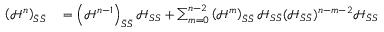
\begin{array} { r l } { \left( \mathcal { H } ^ { n } \right) _ { \bar { S } \bar { S } } } & { { } = \left( \mathcal { H } ^ { n - 1 } \right) _ { \bar { S } \bar { S } } \mathcal { H } _ { S S } + \sum _ { m = 0 } ^ { n - 2 } \left( \mathcal { H } ^ { m } \right) _ { \bar { S } \bar { S } } \mathcal { H } _ { S \bar { S } } ( \mathcal { H } _ { \bar { S } \bar { S } } ) ^ { n - m - 2 } \mathcal { H } _ { \bar { S } S } } \end{array}